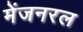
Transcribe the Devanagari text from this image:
मेंजनरल